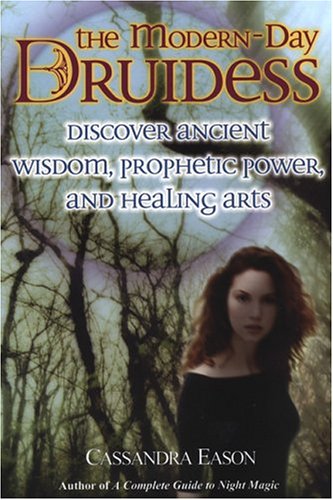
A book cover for The Modern-Day Druidess; Cassandra Eason; Religion & Spirituality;